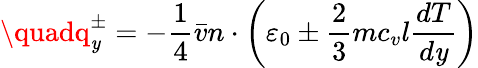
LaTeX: \quadq_{\mathit{y}}^{\pm}=-{\frac{{1}}{{4}}}{\bar{{v}}}n\cdot\left(\varepsilon_{0}\pm{\frac{{2}}{{3}}}mc_{v}l{\frac{{dT}}{{d\mathit{y}}}}\right)